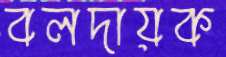
বলদায়ক